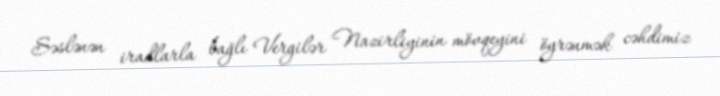
Səslənən iradlarla bağlı Vergilər Nazirliyinin mövqeyini öyrənmək cəhdimiz